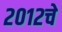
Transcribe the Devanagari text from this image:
२०१२चे